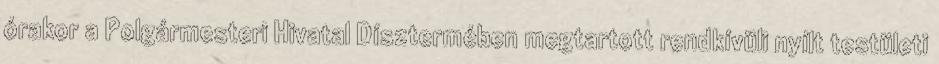
órakor a Polgármesteri Hivatal Dísztermében megtartott rendkívüli nyílt testületi